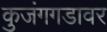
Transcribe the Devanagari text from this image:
कुजंगगडावर